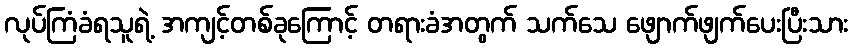
လုပ်ကြံခံရသူရဲ့ အကျင့်တစ်ခုကြောင့် တရားခံအတွက် သက်သေ ဖျောက်ဖျက်ပေးပြီးသား